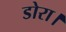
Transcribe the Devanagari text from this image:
डोरा।